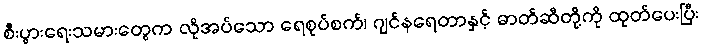
စီးပွားရေးသမားတွေက လိုအပ်သော ရေစုပ်စက်၊ ဂျင်နရေတာနှင့် ဓာတ်ဆီတို့ကို ထုတ်ပေးပြီး